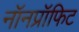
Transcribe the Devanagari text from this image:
नॉनप्रॉफिट